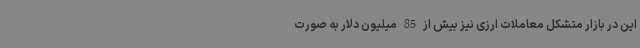
این در بازار متشکل معاملات ارزی نیز بیش از 85 میلیون دلار به صورت